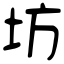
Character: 坊